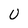
Character: U